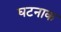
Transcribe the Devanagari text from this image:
घटनाक